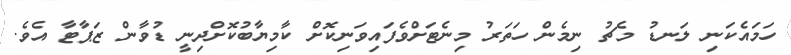
ހަމައެކަނި ލަނޑު މެޗު ނިމެން ހަތަރު މިނެޓަށްވެފައިވަނިކޮށް ކާމިޔާބުކޮށްދިނީ ޑުވާން ޒަޕާޓާ އެވެ.